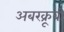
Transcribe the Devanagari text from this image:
अबरक्रूबी